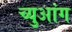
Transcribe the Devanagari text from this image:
च्युआंग